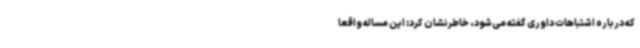
که درباره اشتباهات داوری گفته می‌شود، خاطرنشان کرد: این مساله واقعا